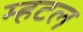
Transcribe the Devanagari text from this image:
म्हटल